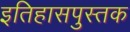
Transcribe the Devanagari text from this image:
इतिहासपुस्तक